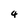
Character: 4